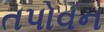
તપોવન